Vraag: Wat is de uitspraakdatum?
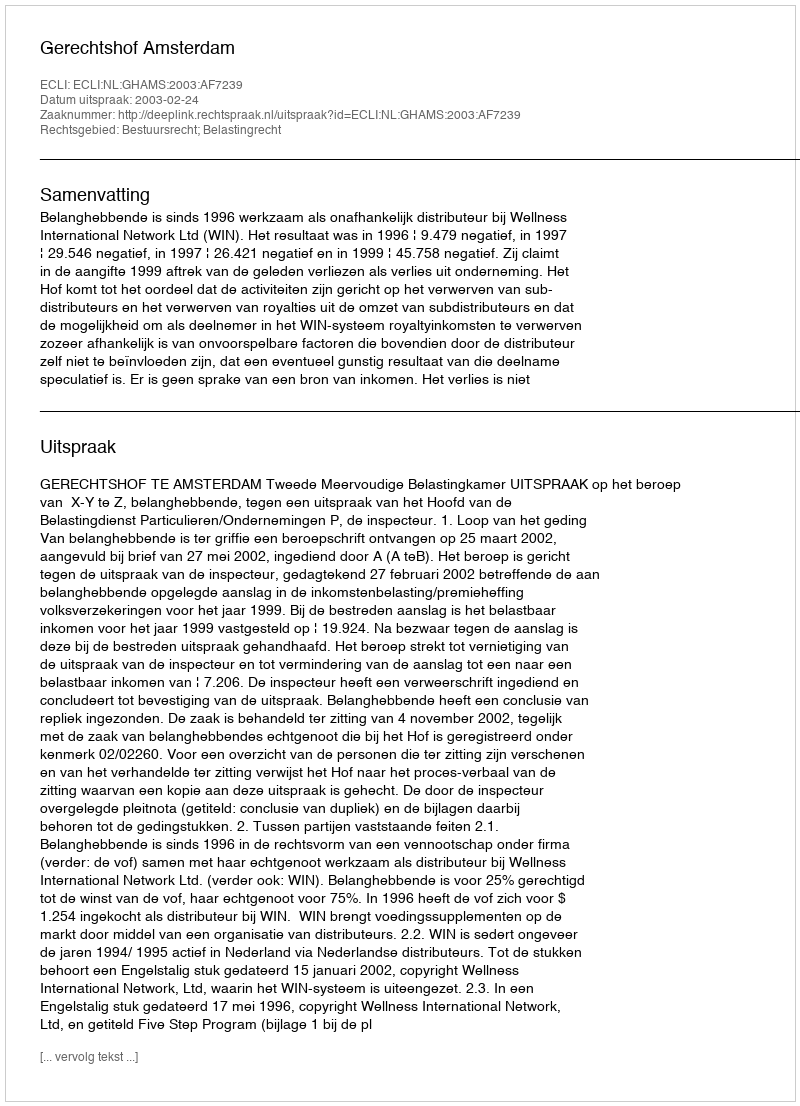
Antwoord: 2003-02-24